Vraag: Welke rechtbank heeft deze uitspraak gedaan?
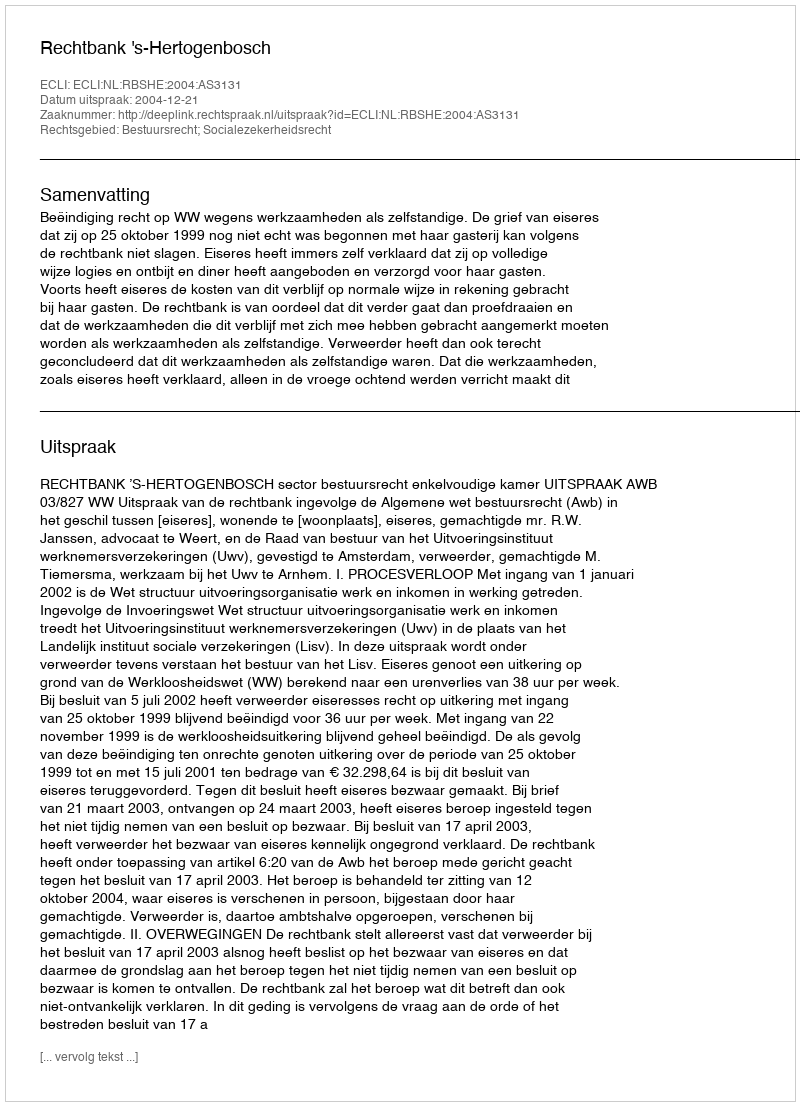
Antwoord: Rechtbank 's-Hertogenbosch